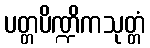
ပတ္တပိဏ္ဍိကသုတ္တံ